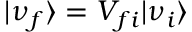
| \nu _ { f } \rangle = V _ { f i } | \nu _ { i } \rangle